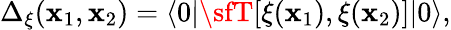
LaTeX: \Delta_{\xi}(\mathbf{x}_{1},\mathbf{x}_{2})=\langle0|{\sfT}[\xi(\mathbf{x}_{1}),\xi(\mathbf{x}_{2})]|0\rangle,